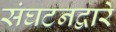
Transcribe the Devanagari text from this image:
संघटनद्वारे